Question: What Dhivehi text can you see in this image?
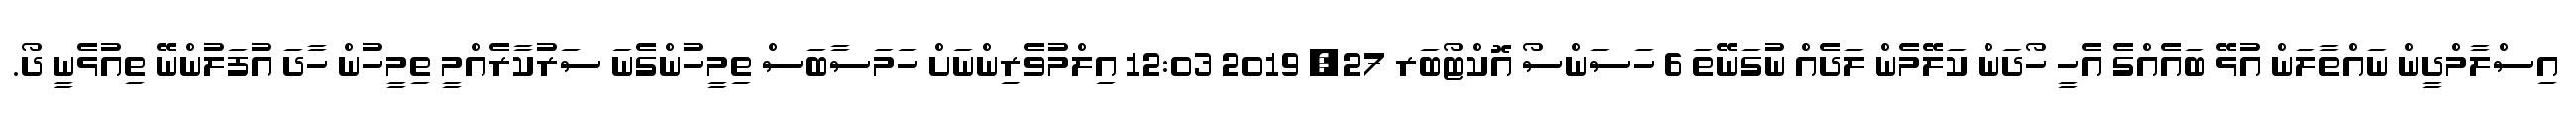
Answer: އިސްލާމްދީން ނައްތާލަން އުޅޭ ބައެއްގެ އެހީ ހޯދަން ކަލޭމެން ލަދެއް ނުގަނޭތަ 6 ހަސަންސޯ އޮކްޓޯބަރ 27, 2019 12:03 އިލްމުވެރިންނަށް ހަމަސާބަސް ތިމީހުންގެނަ ސަރުކާރެއްމީ ތިމީހުން ހާދަ އުފަލުންނޭ ތިއުޅެނީ ދޯ.